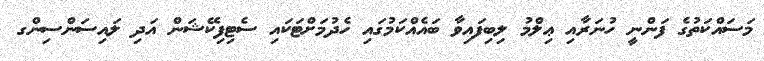
މަސައްކަތުގެ ފަންނީ ހުނަރާއި ޢިލްމު ލިބިފައިވާ ބައެއްކަމުގައި ހެދުމަށްޓަކައި ސެޓިފިކޭޝަން އަދި ލައިސަންސިންގ